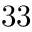
3 3